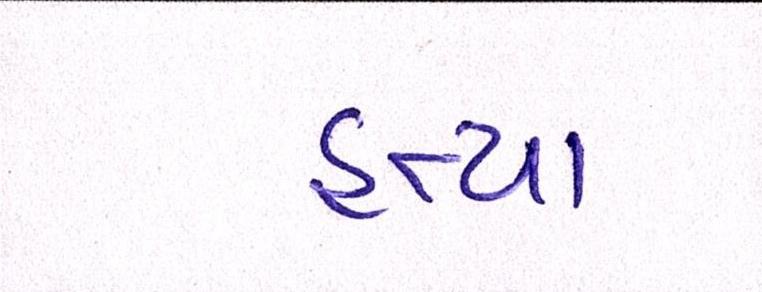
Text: હત્યા